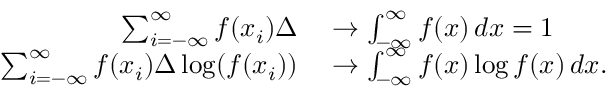
\begin{array} { r l } { \sum _ { i = - \infty } ^ { \infty } f ( x _ { i } ) \Delta } & { { } \to \int _ { - \infty } ^ { \infty } f ( x ) \, d x = 1 } \\ { \sum _ { i = - \infty } ^ { \infty } f ( x _ { i } ) \Delta \log ( f ( x _ { i } ) ) } & { { } \to \int _ { - \infty } ^ { \infty } f ( x ) \log f ( x ) \, d x . } \end{array}